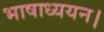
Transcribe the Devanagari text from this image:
भाषाध्ययन।